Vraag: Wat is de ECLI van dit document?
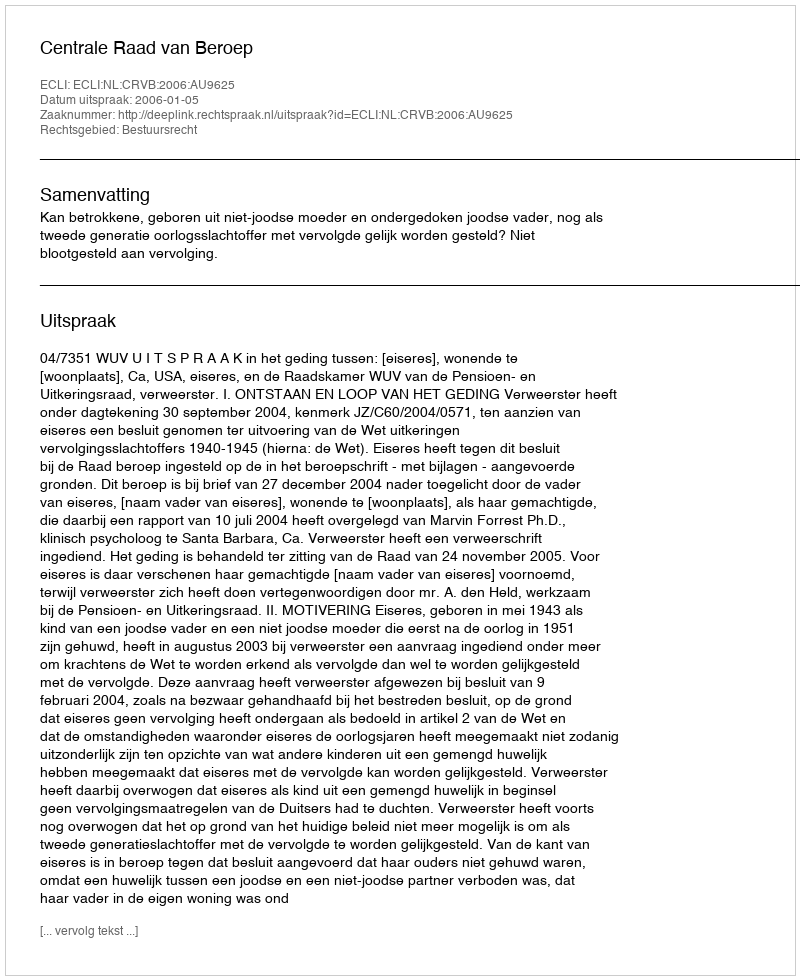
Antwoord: ECLI:NL:CRVB:2006:AU9625